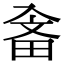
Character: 𤱭